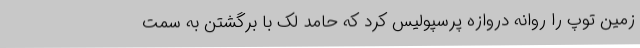
زمین توپ را روانه دروازه پرسپولیس کرد که حامد لک با برگشتن به سمت